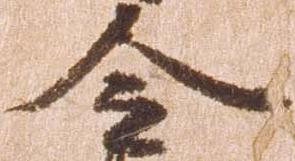
令